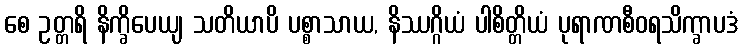
စေ ဥတ္တရိ နိက္ခိပေယျ သတိယာပိ ပစ္စာသာယ, နိဿဂ္ဂိယံ ပါစိတ္တိယံ ပုရာဏစီဝရသိက္ခာပဒံ